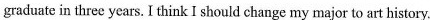
graduate in three years. I think I should change my major to art history.